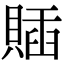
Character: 𧶵